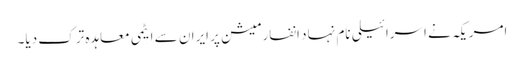
امریکہ نے اسرائیلی نام نہاد انفارمیشن پر ایران سے ایٹمی معاہدہ ترک دیا۔